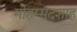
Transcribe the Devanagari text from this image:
मोहम्मदशाह